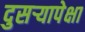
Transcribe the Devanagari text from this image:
दुसऱ्यापेक्षा